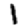
Digit: 1